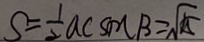
S = \frac { 1 } { 2 } a c \sin B = \sqrt { 2 5 }